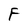
Character: F